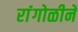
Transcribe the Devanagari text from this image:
रांंगोळीने